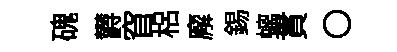
磈欝窅梠廨錫螭貫〇